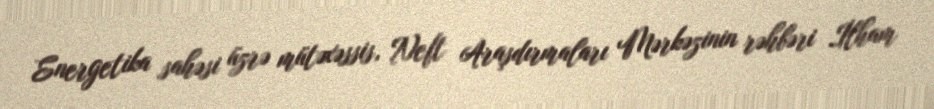
Energetika sahəsi üzrə mütəxəssis, Neft Araşdırmaları Mərkəzinin rəhbəri İlham